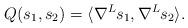
LaTeX: \begin{align*}Q(s_1,s_2) = \langle \nabla^L s_1, \nabla^L s_2 \rangle.\end{align*}